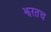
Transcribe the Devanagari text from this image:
झरतच